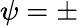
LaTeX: \psi=\pm